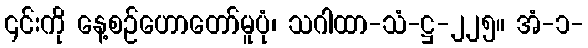
၎င်းကို နေ့စဉ်ဟောတော်မူပုံ၊ သဂါထာ-သံ-ဋ္ဌ-၂၂၅။ အံ-၁-